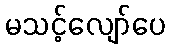
မသင့်လျော်ပေ